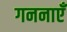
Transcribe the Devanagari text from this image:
गननाएँ